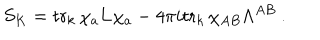
S _ { K } = \mathrm { t r } _ { k } \, \chi _ { a } { \bf L } \chi _ { a } - 4 \pi i \mathrm { t r } _ { k } \, \chi _ { A B } \Lambda ^ { A B } \ .